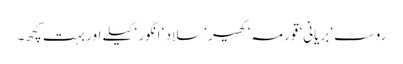
روسٹ‘ بریانی‘ قورمہ‘ کھیر‘ سلاد ‘ انگور ‘ کیلے اور بہت کچھ۔